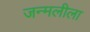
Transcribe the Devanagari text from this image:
जन्मलीला